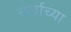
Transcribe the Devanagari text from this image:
चर्चाच्या